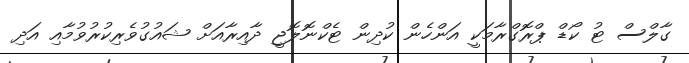
ގާލްސް ޓު ކޯޑް ޕްރޮގްރާމަކީ އަންހެން ކުދިން ޓެކްނޮލޮޖީ ދާއިރާއަށް ޝައުގުވެރިކުރުވުމާއި އަދި